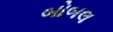
બોબલ